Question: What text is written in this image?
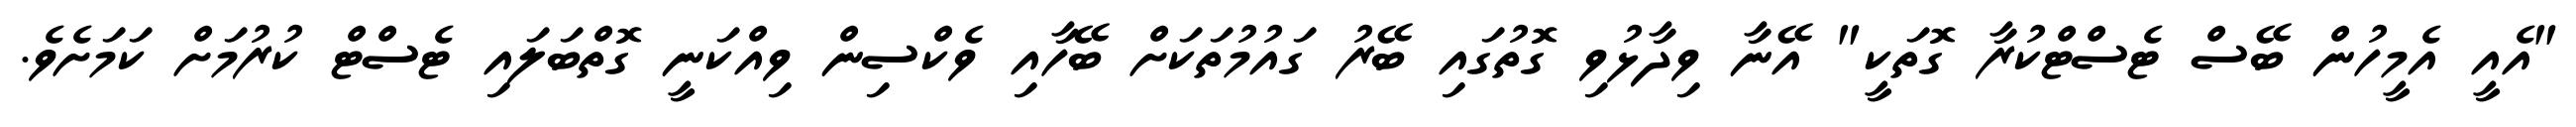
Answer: "އެއީ އެމީހުން ބޭސް ޓެސްޓްކުރާ ގޮތަކީ" އޭނާ ވިދާޅުވި ގޮތުގައި ބޭރު ގައުމުތަކަށް ބޭހާއި ވެކްސިން ވިއްކަނީ ގޮތްބަލައި ޓެސްޓް ކުރުމަށް ކަމަށެވެ.